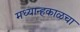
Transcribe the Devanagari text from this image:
मध्यान्हकाळचा